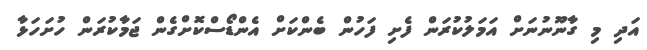
އަދި މި ގާނޫނުނަށް އަމަލުކުރަން ފެށި ފަހުން ބެންކަށް އެންޑޯސްކޮށްގެން ޖަމާކުރަން ހުށަހަޅާ